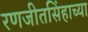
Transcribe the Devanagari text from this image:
रणजीतसिंहाच्या